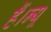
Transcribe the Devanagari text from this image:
हैं।न्यू